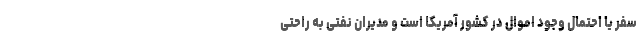
سفر یا احتمال وجود اموال در کشور آمریکا است و مدیران نفتی به راحتی